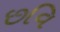
છવિ